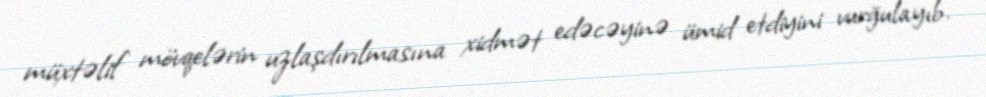
müxtəlif mövqelərin uzlaşdırılmasına xidmət edəcəyinə ümid etdiyini vurğulayıb.